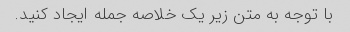
با توجه به متن زیر یک خلاصه جمله ایجاد کنید.